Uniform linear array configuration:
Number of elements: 8
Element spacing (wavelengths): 0.25
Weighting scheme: kaiser
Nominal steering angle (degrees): -45
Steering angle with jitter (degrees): -46.642
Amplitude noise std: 0.05
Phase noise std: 0.05

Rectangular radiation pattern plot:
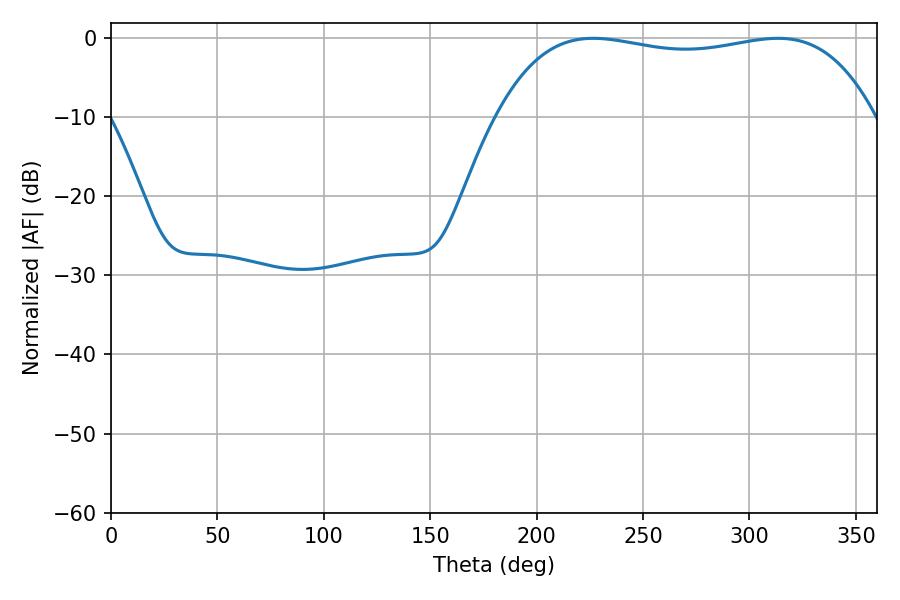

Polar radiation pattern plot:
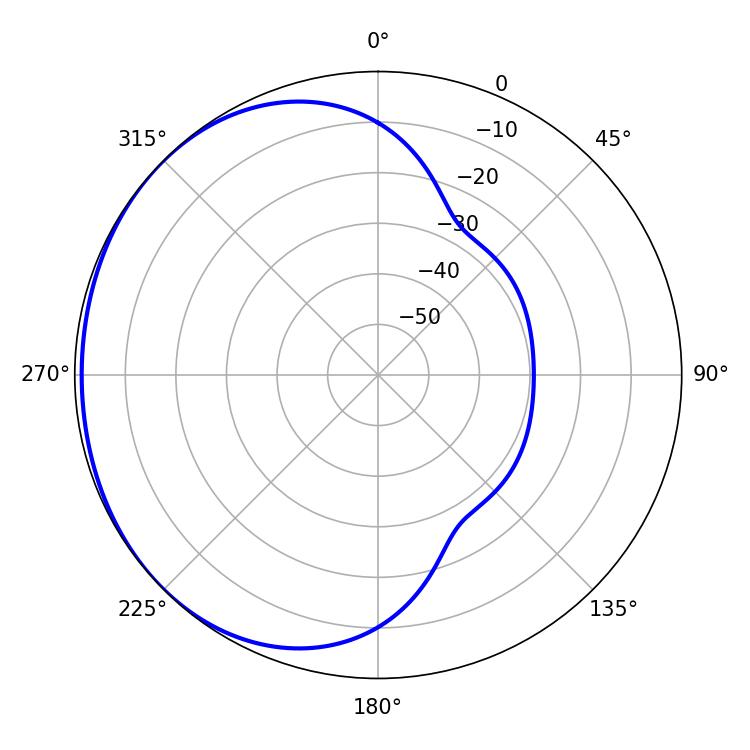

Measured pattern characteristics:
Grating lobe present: FALSE
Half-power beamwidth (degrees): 142.2
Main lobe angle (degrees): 226.62